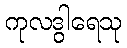
ကုလဒွါရေသု